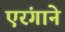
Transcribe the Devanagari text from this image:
एरंगाने